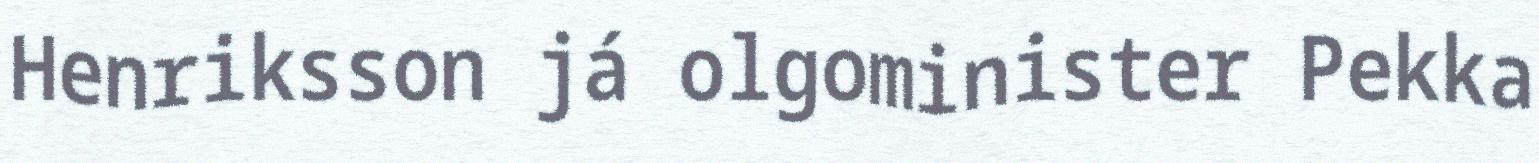
Henriksson já olgominister Pekka